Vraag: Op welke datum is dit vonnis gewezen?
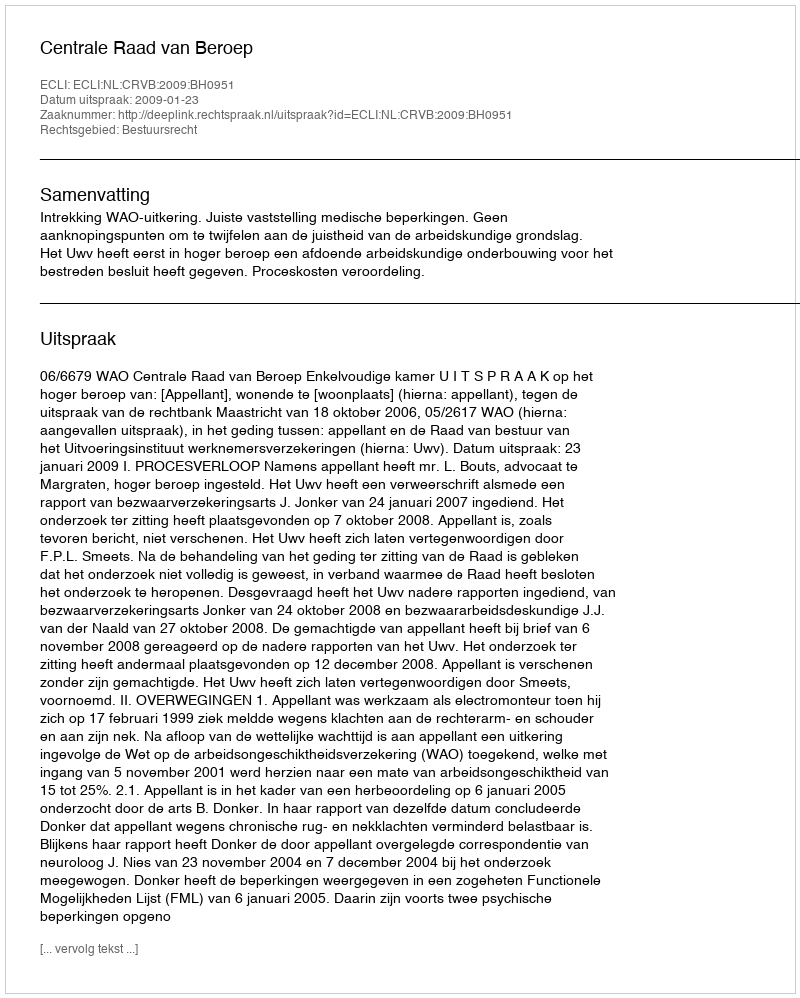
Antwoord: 2009-01-23